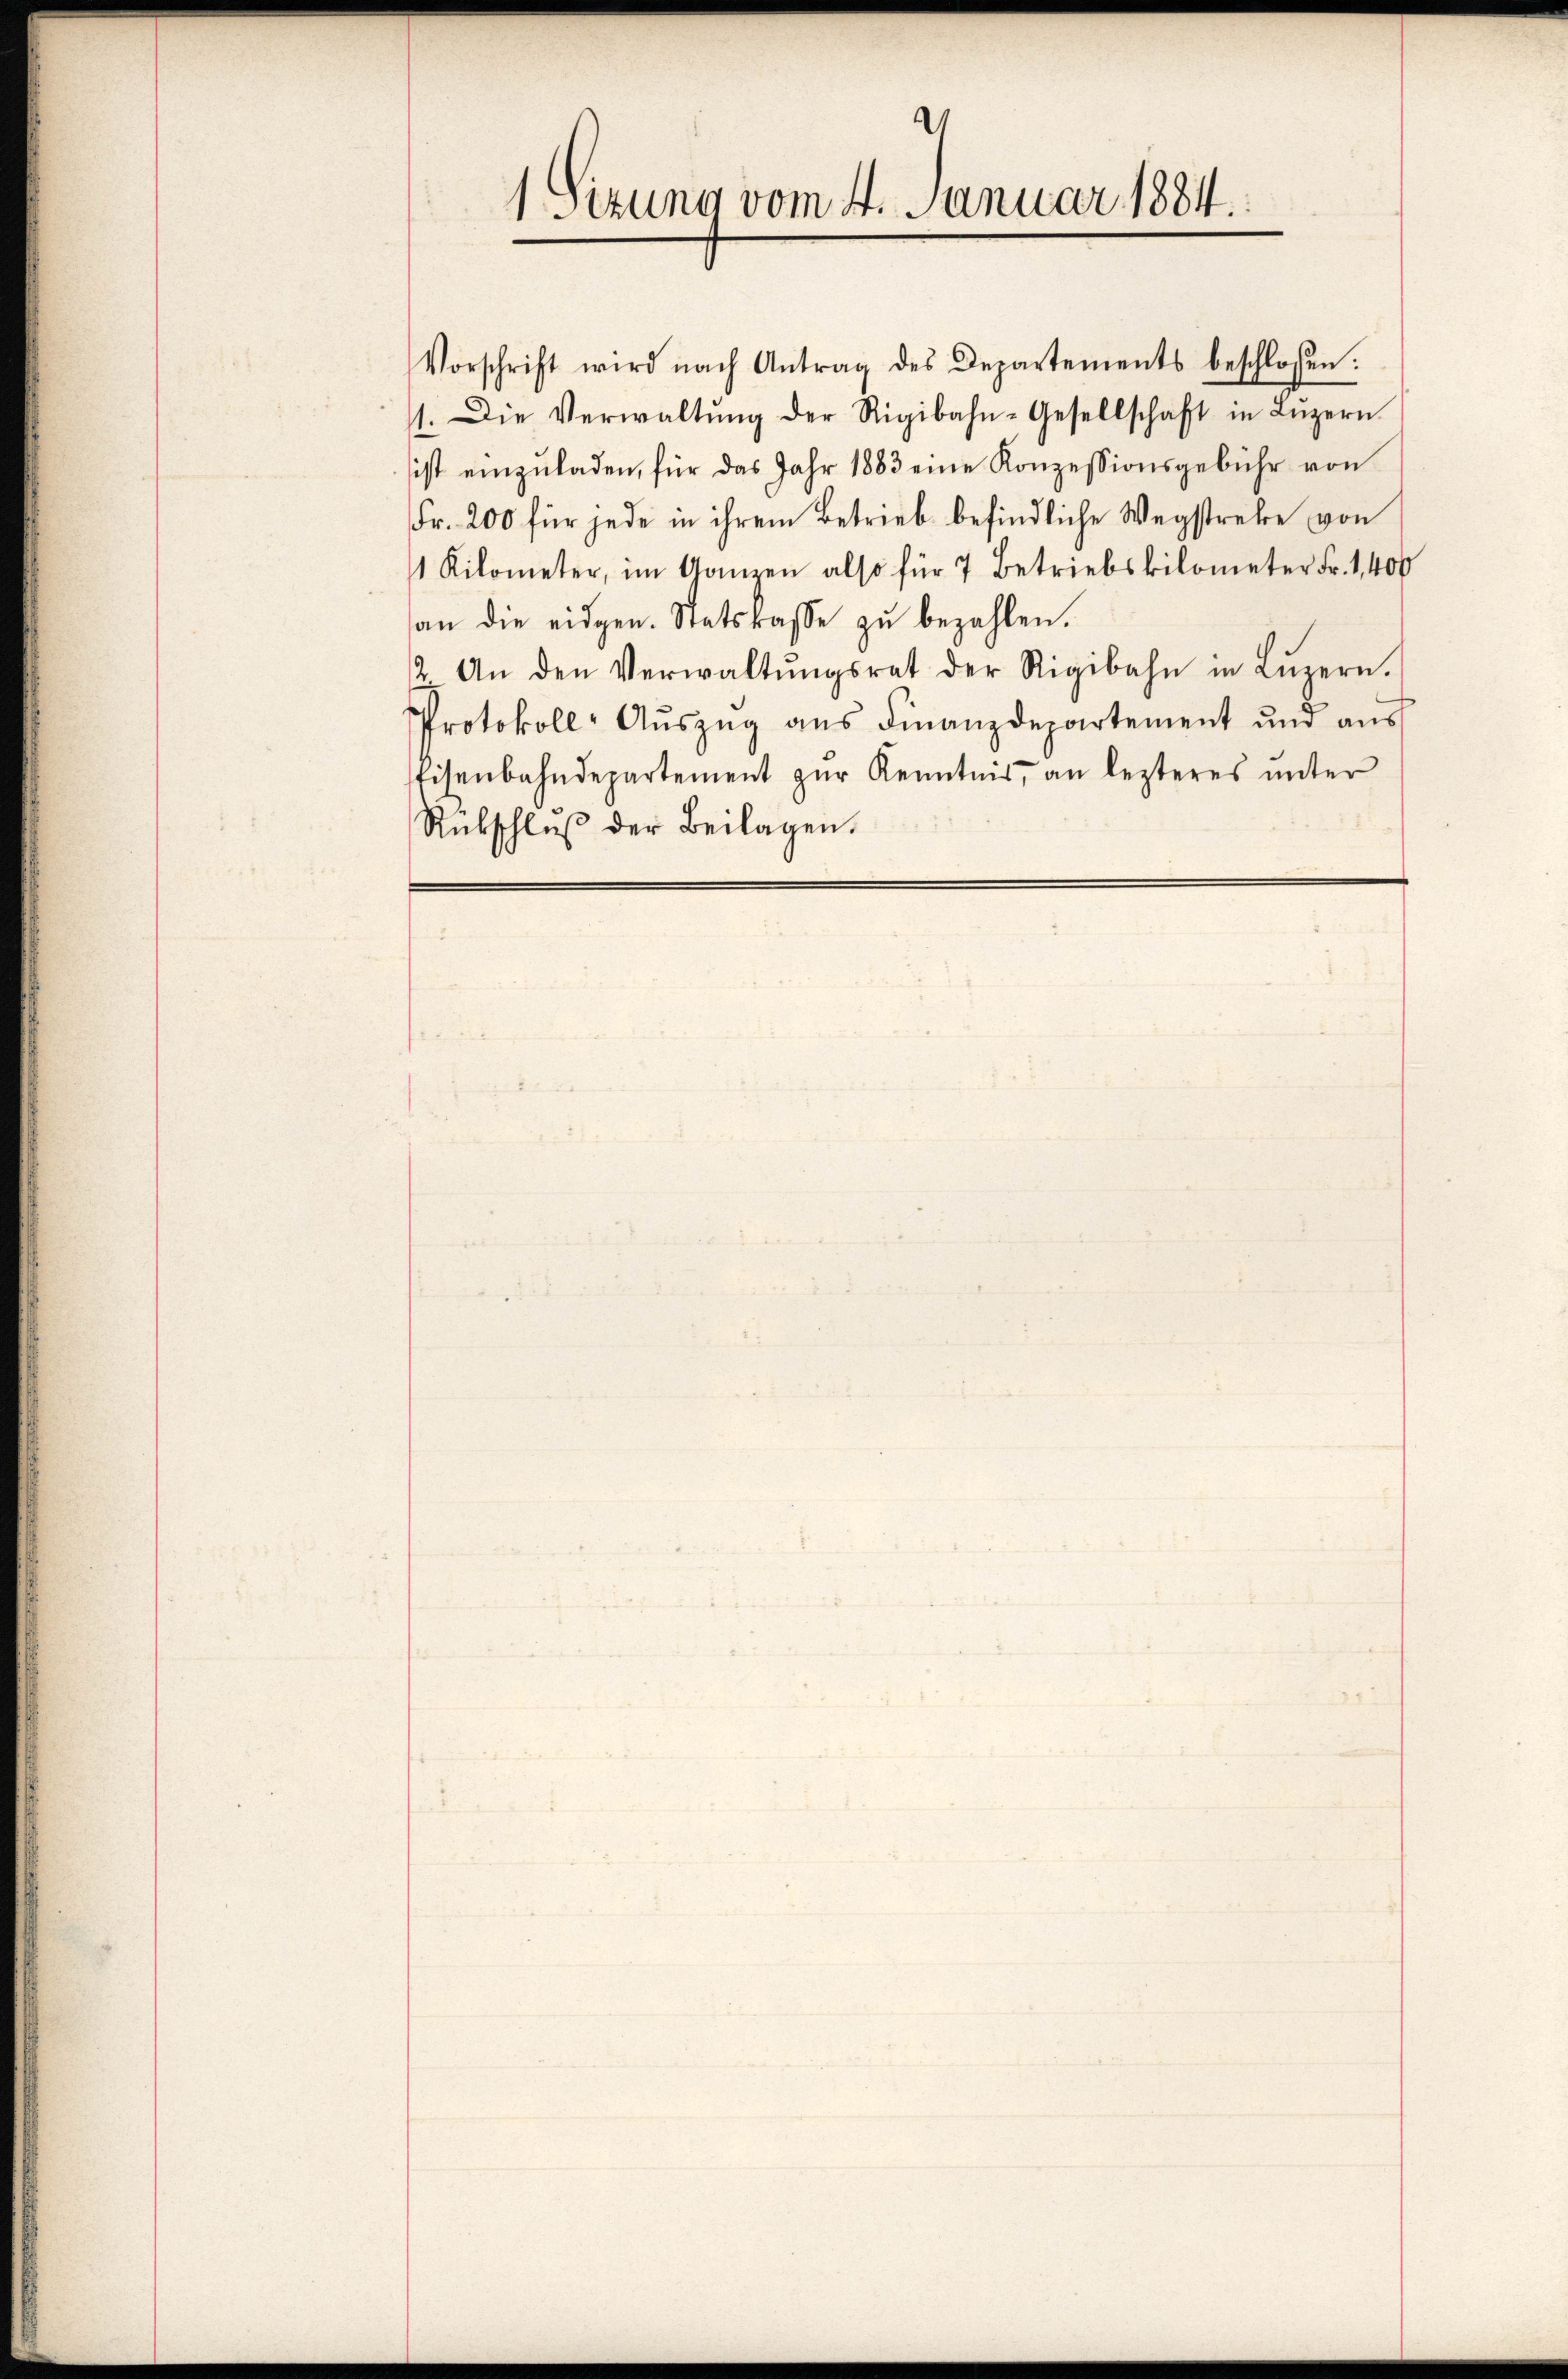
Vorschrift wird nach Antrag des Departements beschlossen:
1. Die Verwaltŭng der Rigibahn-Gesellschaft in Lŭzern
ist einzŭladen, für das Jahr 1883 eine Konzessionsgebühr von
Fr. 200 für jede in ihrem Betrieb befindliche Wegstreke von
1 Kilometer, im Ganzen also für 7 Betriebskilometer Fr. 1400
an die eidgen. Statskasse zŭ bezahlen.
2. An den Verwaltŭngsrat der Rigibahn in Lŭzern.
Protokoll-Aŭszŭg ans Finanzdepartement und aus
Eisenbahndepartement zŭr Kenntnis, an lezteres ŭnter
Rückschlŭβ der Beilagen.

1 Sizung vom 4. Januar 1884.